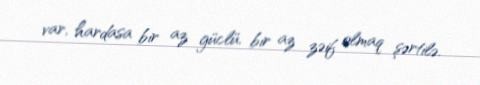
var, hardasa bir az güclü, bir az zəif olmaq şərtilə.